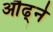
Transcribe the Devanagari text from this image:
औढ्ने